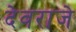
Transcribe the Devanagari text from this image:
देवराजे